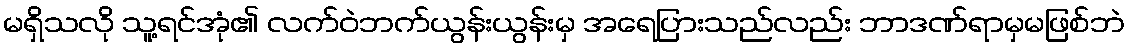
မရှိသလို သူ့ရင်အုံ၏ လက်ဝဲဘက်ယွန်းယွန်းမှ အရေပြားသည်လည်း ဘာဒဏ်ရာမှမဖြစ်ဘဲ